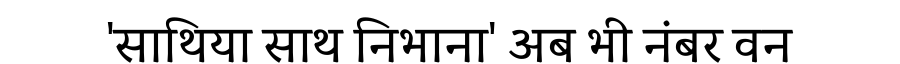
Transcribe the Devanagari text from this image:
'साथिया साथ निभाना' अब भी नंबर वन